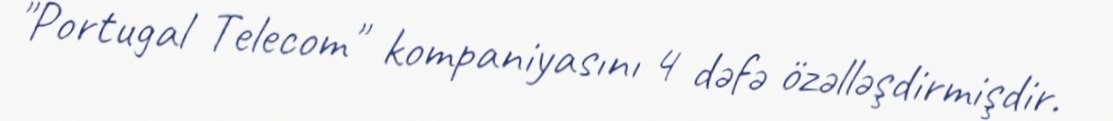
"Portugal Telecom" kompaniyasını 4 dəfə özəlləşdirmişdir.